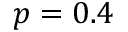
p = 0 . 4